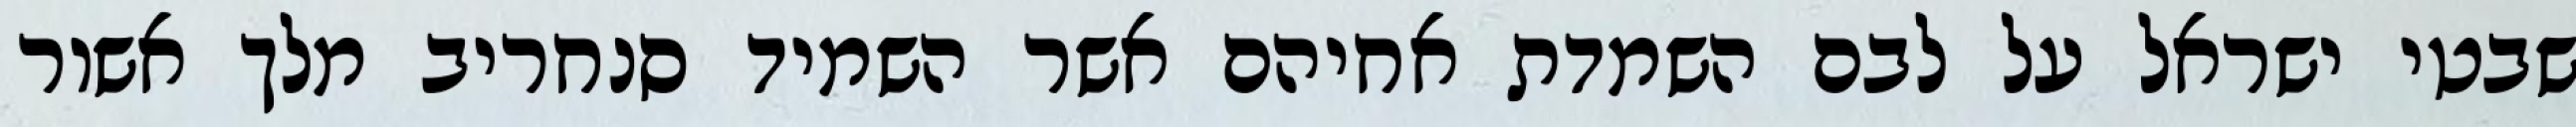
שבטי ישראל על לבם השמדת אחיהם אשר השמיד סנחריב מלך אשור